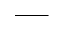
\_